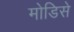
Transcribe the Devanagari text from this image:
मोडिसे